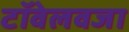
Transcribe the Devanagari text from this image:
टॉवेलवजा